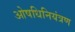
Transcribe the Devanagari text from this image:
ओषधिनियंत्रण